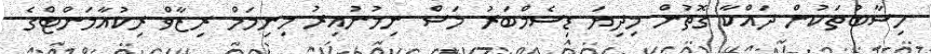
ހިސާބުތަކުން ދައްކާ ގޮތުން މިދިޔަ ޑިސެމްބަރު މަސް ނިމުނުއިރު މިނިމަމް ރިޒާވް ރިކުއާމަންޓްގެ